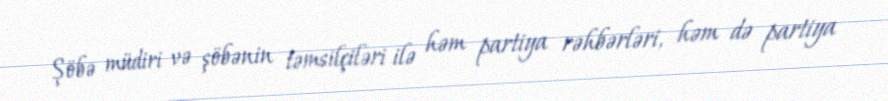
Şöbə müdiri və şöbənin təmsilçiləri ilə həm partiya rəhbərləri, həm də partiya